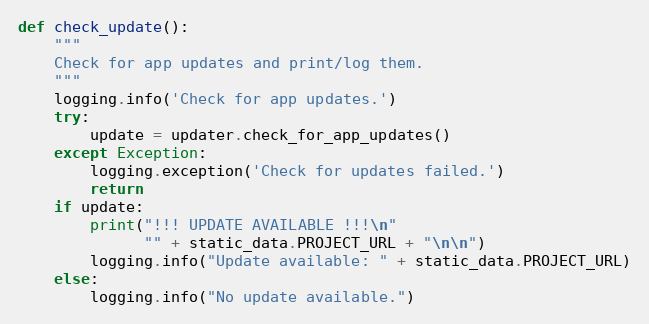
Language: Python
def check_update():
    """
    Check for app updates and print/log them.
    """
    logging.info('Check for app updates.')
    try:
        update = updater.check_for_app_updates()
    except Exception:
        logging.exception('Check for updates failed.')
        return
    if update:
        print("!!! UPDATE AVAILABLE !!!\n"
              "" + static_data.PROJECT_URL + "\n\n")
        logging.info("Update available: " + static_data.PROJECT_URL)
    else:
        logging.info("No update available.")